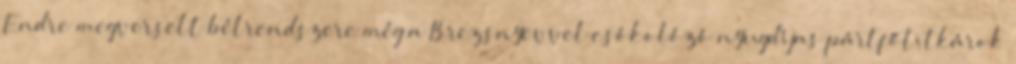
Endre megverselt bélrendszere még a Brezsnyevvel csókolózó nyugdíjas pártfőtitkárok